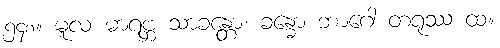
၅၄၈။ မူလ မာရဗ္ဘ သာခန္တော၊ ခန္ဓော ဘာဂေါ တရုဿ ထ။